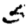
Digit: 5